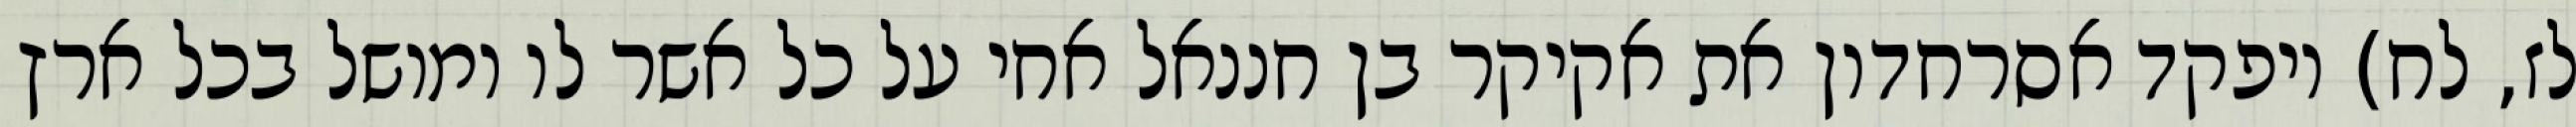
לז, לח) ויפקד אסרחדון את אקיקר בן חננאל אחי על כל אשר לו ומושל בכל ארץ